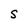
Character: S